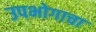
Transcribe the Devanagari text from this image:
उपभोगाचा